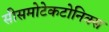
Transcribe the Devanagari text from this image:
सीसमोटेकटोनिक्‍स